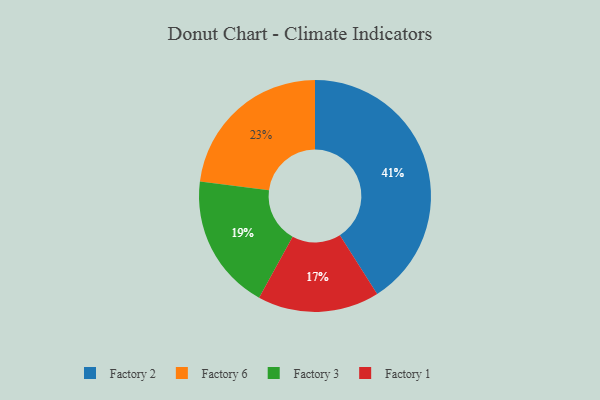
{"axis": {"x": "Category", "y": "Percentage"}, "legend": ["Factory 1", "Factory 2", "Factory 3", "Factory 6"], "data": [{"x": "Factory 1", "y": 17, "type": "Factory 1"}, {"x": "Factory 3", "y": 19, "type": "Factory 3"}, {"x": "Factory 2", "y": 41, "type": "Factory 2"}, {"x": "Factory 6", "y": 23, "type": "Factory 6"}]}